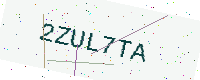
Text: 2ZUL7TA